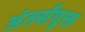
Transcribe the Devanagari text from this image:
अंतर्संयुक्त